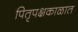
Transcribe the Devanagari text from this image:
पितृपक्षकाळात